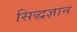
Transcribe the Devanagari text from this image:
सिद्धज्ञान